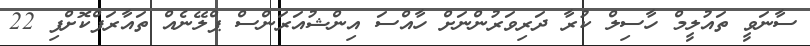
ސާނަވީ ތައުލީމް ހާސިލް ކުރާ ދަރިވަރުންނަށް ހާއްސަ އިންޝުއަރަންސް ޕްލޭނެއް ތައާރަފްކޮށްފި 22